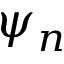
\psi _ { n }